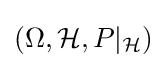
(\Omega ,{\mathcal {H}},P|_{\mathcal {H}})